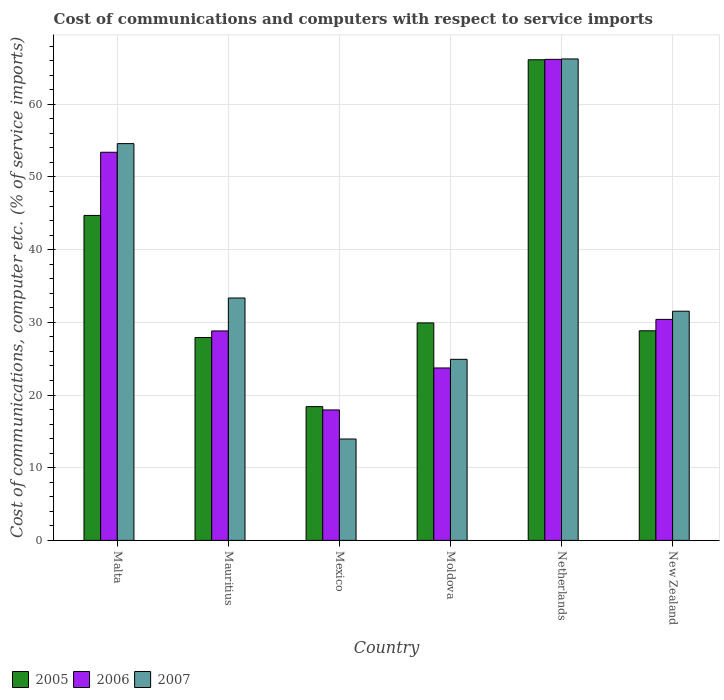
| Country | 2005 | 2006 | 2007 |
 | --- | --- | --- | --- |
 | Malta | 44.7 | 53.4 | 54.6 |
 | Mauritius | 27.9 | 28.8 | 33.3 |
 | Mexico | 18.4 | 17.9 | 13.9 |
 | Moldova | 29.9 | 23.7 | 24.9 |
 | Netherlands | 66.1 | 66.2 | 66.2 |
 | New Zealand | 28.8 | 30.4 | 31.5 |